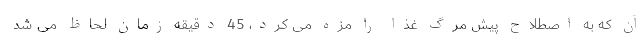
آن که به اصطلاح پیش مرگ غذا را مزه می کرد، 45 دقیقه زمان لحاظ می شد